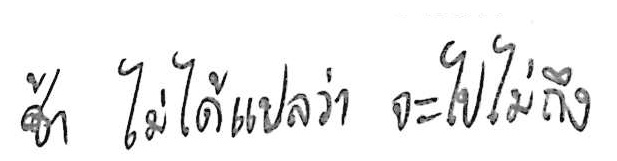
ช้า ไม่ได้แปลว่า จะไปไม่ถึง